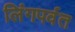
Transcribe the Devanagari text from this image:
लिंगपर्वत